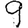
Digit: 9